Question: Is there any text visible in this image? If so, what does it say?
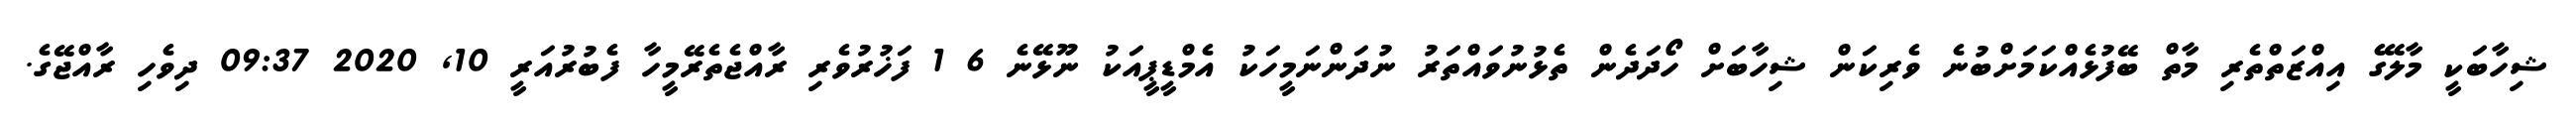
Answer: ޝިހާބަކީ މާލޭގެ އިއްޒަތްތެރި މާތް ބޭފުޅެއްކަމަށްބުނެ ވެރިކަން ޝިހާބަށް ހޯދަދެން ތެޅުނުވައްތަރު ނުދަންނަމީހަކު އެމްޑީޕީއަކު ނޫޅޭނެ 6 1 ފަޚުރުވެރި ރާއްޖެތެރޭމީހާ ފެބުރުއަރީ 10, 2020 09:37 ދިވެހި ރާއްޖޭގެ.